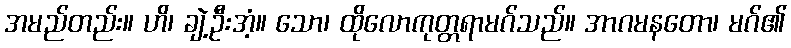
အမည်တည်း။ ဟိ၊ ချဲ့ဦးအံ့။ သော၊ ထိုလောကုတ္တရာမဂ်သည်။ အာဂမနတော၊ မဂ်၏